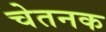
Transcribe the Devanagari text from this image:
चेतनक